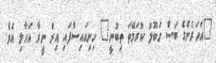
"އަހަރެންގެ ބަސް ގަބޫލު ކުރަމޭތަ ތިބުނީ" ހިނިއައިސްފައި އިން ނީރާ އަހާލި އެވެ.